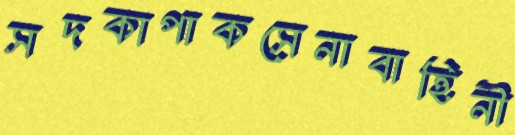
সদকাপাকসেনাবাহিনী